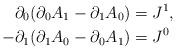
LaTeX: \begin{align*}\partial_{0} (\partial_{0} A_{1} - \partial_{1} A_{0}) &= J^{1}, \\-\partial_{1} (\partial_{1} A_{0} - \partial_{0} A_{1}) &= J^{0}\end{align*}